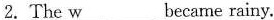
2.The \underline{w} became rainy.